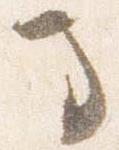
馬